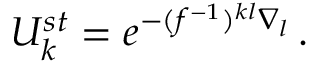
U _ { k } ^ { s t } = e ^ { - ( f ^ { - 1 } ) ^ { k l } \nabla _ { l } } \, .